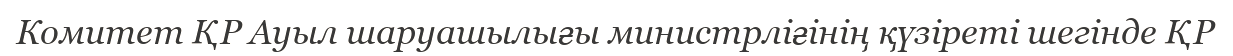
Комитет ҚР Ауыл шаруашылығы министрліғінің қүзіреті шегінде ҚР